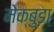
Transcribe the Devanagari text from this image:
मेक्बुडा